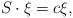
LaTeX: \begin{align*}S\cdot\xi=c\xi,\end{align*}